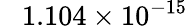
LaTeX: \phantom{+}1.104\times 10^{-15}